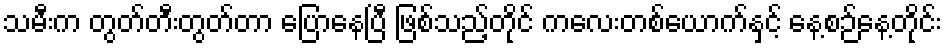
သမီးက တွတ်တီးတွတ်တာ ပြောနေပြီ ဖြစ်သည့်တိုင် ကလေးတစ်ယောက်နှင့် နေ့စဉ်နေ့တိုင်း